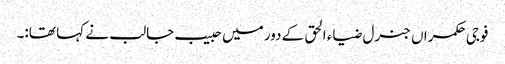
فوجی حکمراں جنرل ضیاء الحق کے دور میں حبیب جالب نے کہا تھا:۔